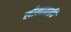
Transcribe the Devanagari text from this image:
लीलाताईंचे